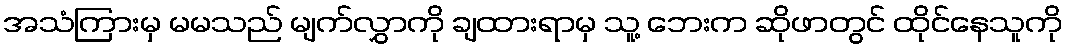
အသံကြားမှ မမသည် မျက်လွှာကို ချထားရာမှ သူ့ ဘေးက ဆိုဖာတွင် ထိုင်နေသူကို